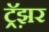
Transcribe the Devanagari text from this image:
ट्रॅझ़र